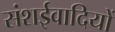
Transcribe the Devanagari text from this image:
संशईवादियों